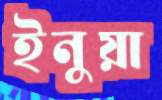
ইনুয়া